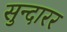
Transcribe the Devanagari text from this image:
सुन्दारर